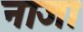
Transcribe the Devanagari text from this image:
नाजा